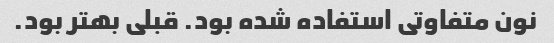
نون متفاوتی استفاده شده بود. قبلی بهتر بود.